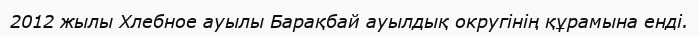
2012 жылы Хлебное ауылы Барақбай ауылдық округінің құрамына енді.